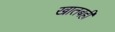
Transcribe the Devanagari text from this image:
खातबही